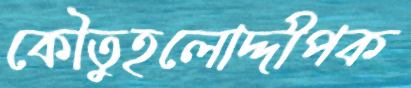
কৌতুহলোদ্দীপক